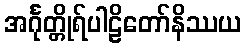
အင်္ဂုတ္တိုရ်ပါဠိတော်နိဿယ